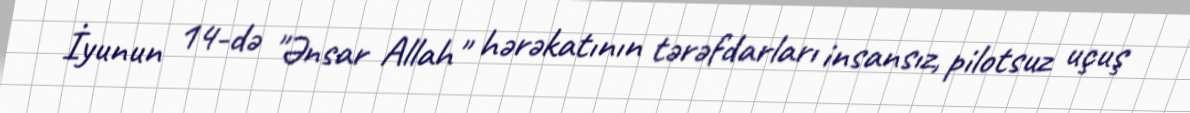
İyunun 14-də "Ənsar Allah" hərəkatının tərəfdarları insansız, pilotsuz uçuş